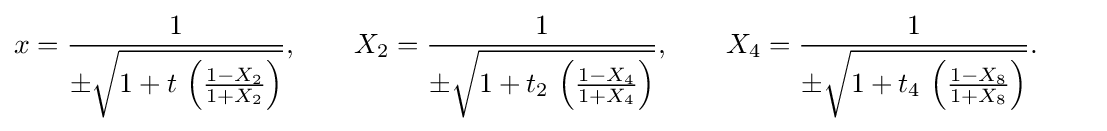
x={\frac {1}{\pm {\sqrt {1+t\,\left({\frac {1-X_{2}}{1+X_{2}}}\right)}}}},\qquad X_{2}={\frac {1}{\pm {\sqrt {1+t_{2}\,\left({\frac {1-X_{4}}{1+X_{4}}}\right)}}}},\qquad X_{4}={\frac {1}{\pm {\sqrt {1+t_{4}\,\left({\frac {1-X_{8}}{1+X_{8}}}\right)}}}}.\qquad